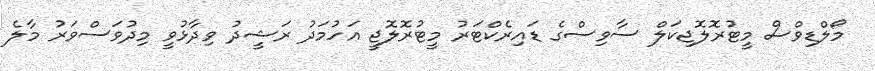
މޯލްޑިވްސް މީޓުރޮލޮޖިކަލް ސާވިސްގެ ޑައިރެކްޓަރު މީޓުރޮލޮޖީ އަހުމަދު ރަޝީދު ވިދާޅުވީ މިދުވަސްވަރު މާލެ